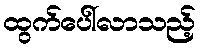
ထွက်ပေါ်လာသည့်